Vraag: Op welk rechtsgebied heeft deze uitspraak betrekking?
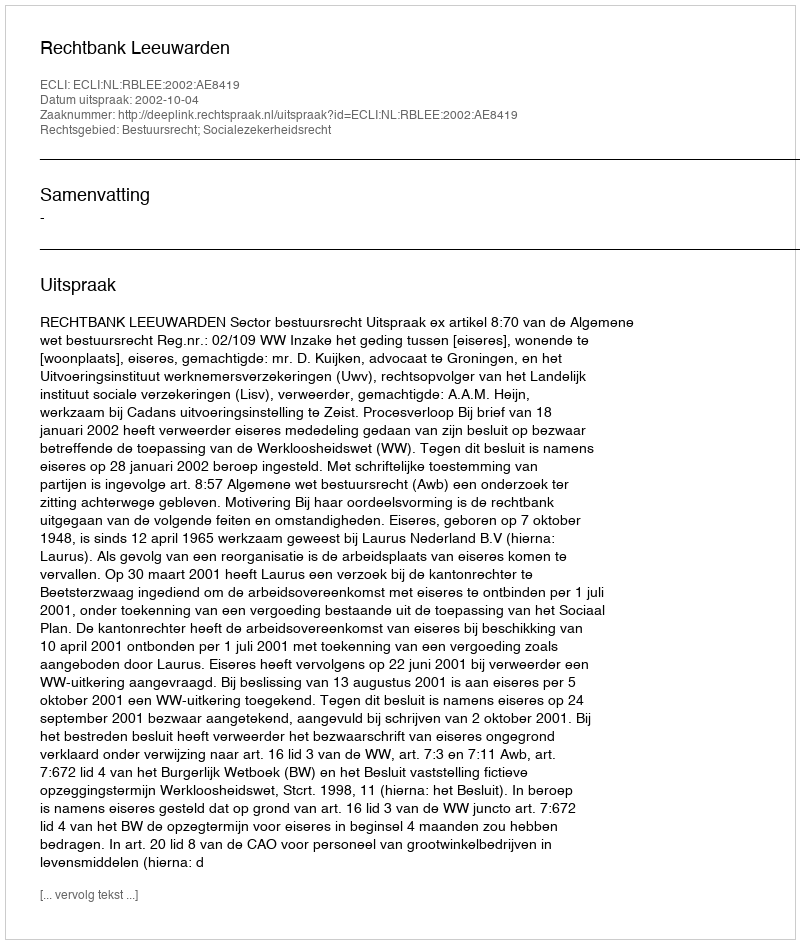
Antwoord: Bestuursrecht; Socialezekerheidsrecht